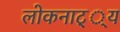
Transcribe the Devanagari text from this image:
लोकनाट््य